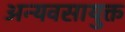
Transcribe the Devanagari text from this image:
अन्यवसायुक्त